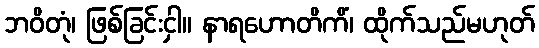
ဘဝိတုံ၊ ဖြစ်ခြင်းငှါ။ နာရဟောတိကိံ၊ ထိုက်သည်မဟုတ်